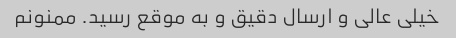
خیلی عالی و ارسال دقیق و به موقع رسید. ممنونم